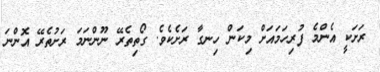
ރަށަކީ އެންމެ ފުރިހަމައަށް މިކަން ހިނގާ ރަށެކެވެ. ގޯތިތެރޭ ނޫންނަމަ ރަށުތެރޭ އޮންނަ